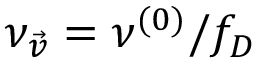
\nu _ { \vec { v } } = \nu ^ { ( 0 ) } / f _ { D }